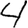
Digit: 4